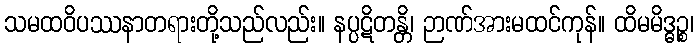
သမထဝိပဿနာတရားတို့သည်လည်း။ နပ္ပဋိတန္တိ၊ ဉာဏ်အားမထင်ကုန်။ ထိမမိဒ္ဓဉ္စ၊